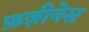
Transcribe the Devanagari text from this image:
फ़ज़ीनेस